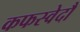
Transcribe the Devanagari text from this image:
कफस्वेदौ